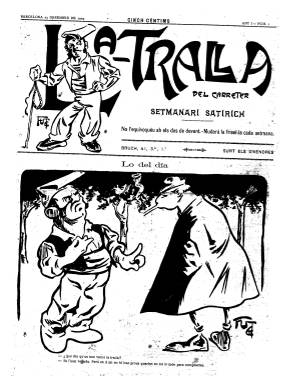
Título: La Tralla del carreter
Colección: Revistas satíricas y humorísticas || Periódicos
Ámbito geográfico: Barcelona
Lugar de publicación: Barcelona
Fechas: 25/12/1903-24/06/1904

“Setmanari satirich” es el primer subtítulo adoptado por esta publicación adscrita al nacionalismo autonomista catalán “radicalmente demócrata”, que, desde el 25 de diciembre de 1903 hasta el 24 de junio de 1904, publica hasta 27 entregas en gran formato, de cuatro páginas cada una, generalmente (algunas extraordinarias serán de seis u ocho páginas), compuestas a cuatro columnas, e ilustrado con caricaturas, viñetas y chistes gráficos. Está escrito en su totalidad en catalán, aunque el pie de algún chiste aparezca en castellano. Indica también en su cabecera que “mudará la frisel-la cada semana”, y su impresor utilizará en algunos números distintas tintas de color (rojo y azul) para su estampación.

Este semanario satírico y humorístico barcelonés es obra de una escisión disidente procedente de la redacción del también semanario La Tralla, que había comenzado a publicarse el uno de octubre de ese mismo año, con el mismo diseño y subtítulo, pero con los lemas en su cabecera un poco modificados, publicándose ambos al mismo tiempo, pero anticipándose La Tralla del carreter un día antes en su salida (divendres = viernes) que La Tralla (dissaptes = sábados), y coincidiendo la estampación de sus primeras entregas en la misma imprenta de Fidel Giró, aunque a partir de su número 16 La Tralla lo hará en otras, como en la de La Renaixensa.

La Tralla del carreter modificará el subtítulo a partir de su cuarta entrega, del 15 de enero de 1905, indicando a partir de entonces que es un “setmanari catalanista democratich”, aunque esta denominación ya venía apareciendo desde su primer número en la información administrativa de su cuarta plana, en la que, junto a los precios de suscripción, expresa su programa: en lo político, las Bases de Manresa, exceptuando la base transitoria; en lo religioso, tolerancia de todas las religiones, y, en social, que ricos y pobres, amos y trabajadores resuelvan sus diferencias inspirándose siempre en los lemas: orden, justicia y amor. Además, anuncia una suscripción combinada con la Biblioteca Nova Catalunya.

Los textos que publica están escritos tanto en prosa como en verso y en su mayor parte van firmados con seudónimo. Llega a tener varias secciones fijas, como Xerrameca (Palabrería), que firma Carreter Xerraire; Ball de bastons (Baile de bastones), Fuetadas, Qüestions políticas o Qüestions obreras, algunas de ellas coincidentes con las de La Tralla.

Entre sus firmas aparecen las de Ramón Campmany, Ferrán Castellá, Pere R. Vila, Ángel de Pla y Montaya, Jaume Barrelle y Ogués o Joseph Roselló, así como los seudónimos El Carreter Xisclaire, El Carreter de Trabuch, Xurriacas, Fuet Sallentí, Punta, K. Mió, o las iniciales Q.K. Los autores de sus ilustraciones humorísticas serán principalmente Fuet (autor también de los grabados de su cabecera), Font, Kim, Pep o J. Ros B.
Cuando se despida, el 24 de junio de 1904, indicará en una nota a sus lectores que será reemplazado por otro periódico de igual ideología catalanista, con el título L’Esquerrá, que saldría cada domingo, desde el tres de julio, y del que se conocen tres entregas, entre ese día y el día 17, con el subtítulo “setmanari autonomista”, impreso también por Fidel Giró. Por su parte, La Tralla siguió publicándose hasta 1933, sufriendo denuncias y suspensiones, y a veces sustituido su título por La Nova tralla (1907) y Metralla (1907 y 1909).

Referencias bibliográficas sobre este título se encuentran en el primer volumen del catálogo de Juan Givanel Mas (1931) y, también, en el primer volumen de la obra de Juan Torrent y Rafael Tasis (1966).